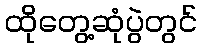
ထိုတွေ့ဆုံပွဲတွင်